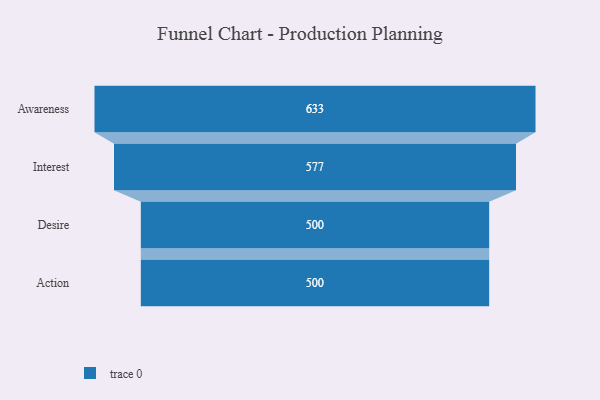
{"axis": {"x": "Stage", "y": "Value"}, "legend": [""], "data": [{"x": "Awareness", "y": 633.0, "type": ""}, {"x": "Interest", "y": 577.0, "type": ""}, {"x": "Desire", "y": 500, "type": ""}, {"x": "Action", "y": 500, "type": ""}]}